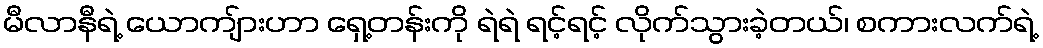
မီလာနီရဲ့ ယောကျ်ားဟာ ရှေ့တန်းကို ရဲရဲ ရင့်ရင့် လိုက်သွားခဲ့တယ်၊ စကားလက်ရဲ့